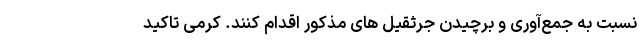
نسبت به جمع‌آوری و برچیدن جرثقیل های مذکور اقدام کنند. کرمی تاکید